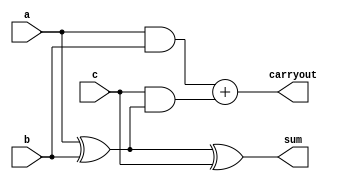
/*
   This file was generated automatically by the Mojo IDE version B1.3.6.
   Do not edit this file directly. Instead edit the original Lucid source.
   This is a temporary file and any changes made to it will be destroyed.
*/

module fa_143 (
    input a,
    input b,
    input c,
    output reg sum,
    output reg carryout
  );
  
  
  
  always @* begin
    sum = a ^ b ^ c;
    carryout = (a && b) + (c && (a ^ b));
  end
endmodule